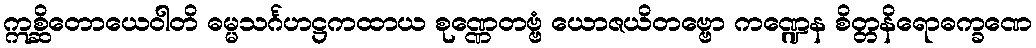
ဣစ္ဆိတောယေဝါတိ ဓမ္မသင်္ဂဟဋ္ဌကထာယ စုဏ္ဏေတဗ္ဗံ ယောဇယိတဗ္ဗော ကဏ္ဍေန စိတ္တနိရောဓက္ခဏေ